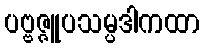
ပဗ္ဗဇ္ဇူပသမ္ပဒါကထာ